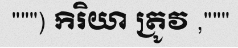
""") កិរិយា ត្រូវ ,"""